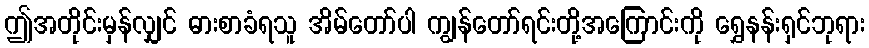
ဤအတိုင်းမှန်လျှင် ဓားစာခံရသူ အိမ်တော်ပါ ကျွန်တော်ရင်းတို့အကြောင်းကို ရွှေနန်းရှင်ဘုရား